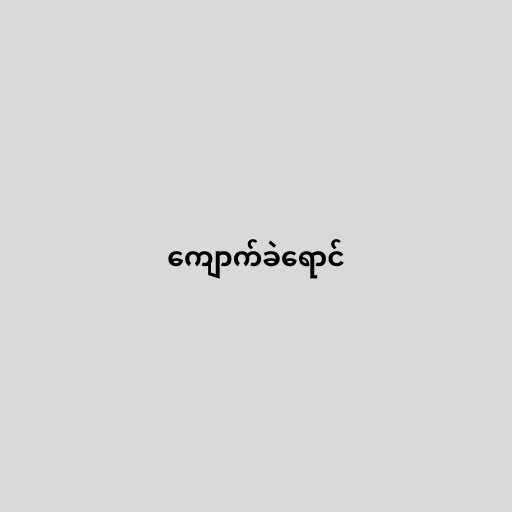
ကျောက်ခဲရောင်